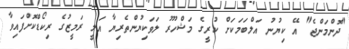
"ދޮންމަންޖެ" އޭ ކިޔުނު އަލްބަމަކަށް ކުރީގެ މަޝްހޫރު ލަވަކިޔުންތެރިޔާ އަލީ ރަމީޒުގެ ރިކޯޑްކޮށްފައިވާ